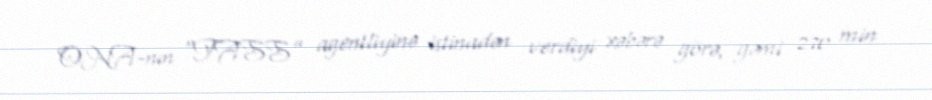
ONA-nın “TASS” agentliyinə istinadən verdiyi xəbərə görə, gəmi 270 min